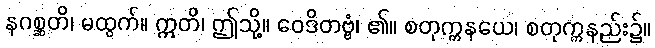
နဂစ္ဆတိ၊ မထွက်။ ဣတိ၊ ဤသို့။ ဝေဒိတဗ္ဗံ၊ ၏။ စတုက္ကနယေ၊ စတုက္ကနည်း၌။